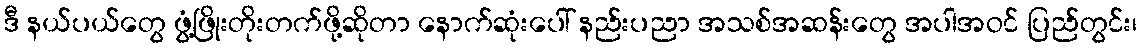
ဒီ နယ်ပယ်တွေ ဖွံ့ဖြိုးတိုးတက်ဖို့ဆိုတာ နောက်ဆုံးပေါ် နည်းပညာ အသစ်အဆန်းတွေ အပါအဝင် ပြည်တွင်း၊